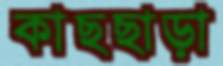
কাছছাড়া